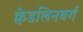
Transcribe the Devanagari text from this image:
क्वेडलिनबर्ग